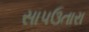
સાપઉતારા